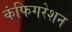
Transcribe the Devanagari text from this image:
कंफिगरेशन